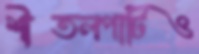
শীতলপাটিও